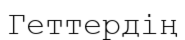
Геттердің